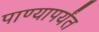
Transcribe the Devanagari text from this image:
पाण्यापर्यंत